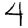
Digit: 4